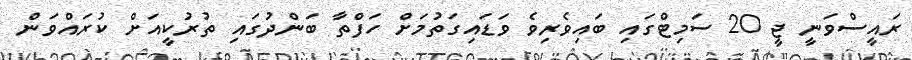
ރައީސްވަނީ ޖީ 20 ސަމިޓްގައި ބައިވެރިވެ ވަޑައިގަތުމަށް ހަފްތާ ބަންދުގައި ތުރުކީއަށް ކުރައްވަން